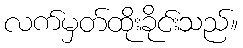
လက်မှတ်ထိုးခိုင်းသည်။